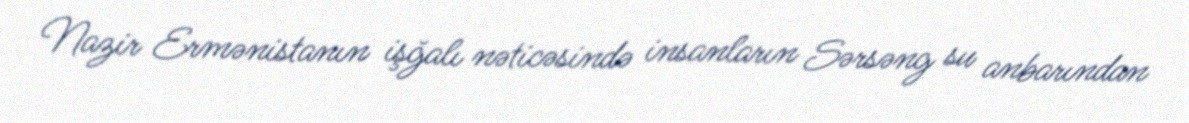
Nazir Ermənistanın işğalı nəticəsində insanların Sərsəng su anbarından